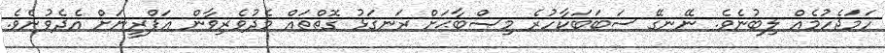
ހަމަޖެހުމެއް ލިބުނެވެ. ނޭނގޭ ސަބަބަކާހުރެ މިޞްބާޙަށް ރަނގަޅު ގޮތްތައް މެދުވެރިވާން އަފްރީނަށް އެދެވުނެވެ.